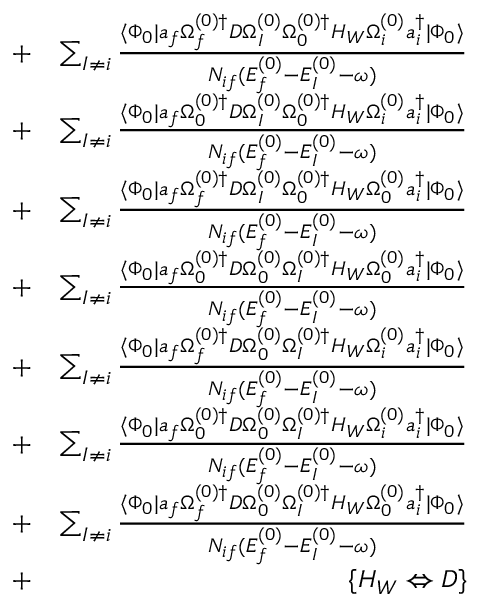
\begin{array} { r l r } & { + } & { \sum _ { I \ne i } \frac { \langle \Phi _ { 0 } | a _ { f } \Omega _ { f } ^ { ( 0 ) \dagger } D \Omega _ { I } ^ { ( 0 ) } \Omega _ { 0 } ^ { ( 0 ) \dagger } H _ { W } \Omega _ { i } ^ { ( 0 ) } a _ { i } ^ { \dagger } | \Phi _ { 0 } \rangle } { { \cal N } _ { i f } ( E _ { f } ^ { ( 0 ) } - E _ { I } ^ { ( 0 ) } - \omega ) } } \\ & { + } & { \sum _ { I \ne i } \frac { \langle \Phi _ { 0 } | a _ { f } \Omega _ { 0 } ^ { ( 0 ) \dagger } D \Omega _ { I } ^ { ( 0 ) } \Omega _ { 0 } ^ { ( 0 ) \dagger } H _ { W } \Omega _ { i } ^ { ( 0 ) } a _ { i } ^ { \dagger } | \Phi _ { 0 } \rangle } { { \cal N } _ { i f } ( E _ { f } ^ { ( 0 ) } - E _ { I } ^ { ( 0 ) } - \omega ) } } \\ & { + } & { \sum _ { I \ne i } \frac { \langle \Phi _ { 0 } | a _ { f } \Omega _ { f } ^ { ( 0 ) \dagger } D \Omega _ { I } ^ { ( 0 ) } \Omega _ { 0 } ^ { ( 0 ) \dagger } H _ { W } \Omega _ { 0 } ^ { ( 0 ) } a _ { i } ^ { \dagger } | \Phi _ { 0 } \rangle } { { \cal N } _ { i f } ( E _ { f } ^ { ( 0 ) } - E _ { I } ^ { ( 0 ) } - \omega ) } } \\ & { + } & { \sum _ { I \ne i } \frac { \langle \Phi _ { 0 } | a _ { f } \Omega _ { 0 } ^ { ( 0 ) \dagger } D \Omega _ { 0 } ^ { ( 0 ) } \Omega _ { I } ^ { ( 0 ) \dagger } H _ { W } \Omega _ { 0 } ^ { ( 0 ) } a _ { i } ^ { \dagger } | \Phi _ { 0 } \rangle } { { \cal N } _ { i f } ( E _ { f } ^ { ( 0 ) } - E _ { I } ^ { ( 0 ) } - \omega ) } } \\ & { + } & { \sum _ { I \ne i } \frac { \langle \Phi _ { 0 } | a _ { f } \Omega _ { f } ^ { ( 0 ) \dagger } D \Omega _ { 0 } ^ { ( 0 ) } \Omega _ { I } ^ { ( 0 ) \dagger } H _ { W } \Omega _ { i } ^ { ( 0 ) } a _ { i } ^ { \dagger } | \Phi _ { 0 } \rangle } { { \cal N } _ { i f } ( E _ { f } ^ { ( 0 ) } - E _ { I } ^ { ( 0 ) } - \omega ) } } \\ & { + } & { \sum _ { I \ne i } \frac { \langle \Phi _ { 0 } | a _ { f } \Omega _ { 0 } ^ { ( 0 ) \dagger } D \Omega _ { 0 } ^ { ( 0 ) } \Omega _ { I } ^ { ( 0 ) \dagger } H _ { W } \Omega _ { i } ^ { ( 0 ) } a _ { i } ^ { \dagger } | \Phi _ { 0 } \rangle } { { \cal N } _ { i f } ( E _ { f } ^ { ( 0 ) } - E _ { I } ^ { ( 0 ) } - \omega ) } } \\ & { + } & { \sum _ { I \ne i } \frac { \langle \Phi _ { 0 } | a _ { f } \Omega _ { f } ^ { ( 0 ) \dagger } D \Omega _ { 0 } ^ { ( 0 ) } \Omega _ { I } ^ { ( 0 ) \dagger } H _ { W } \Omega _ { 0 } ^ { ( 0 ) } a _ { i } ^ { \dagger } | \Phi _ { 0 } \rangle } { { \cal N } _ { i f } ( E _ { f } ^ { ( 0 ) } - E _ { I } ^ { ( 0 ) } - \omega ) } } \\ & { + } & { \{ H _ { W } \Leftrightarrow D \} } \end{array}